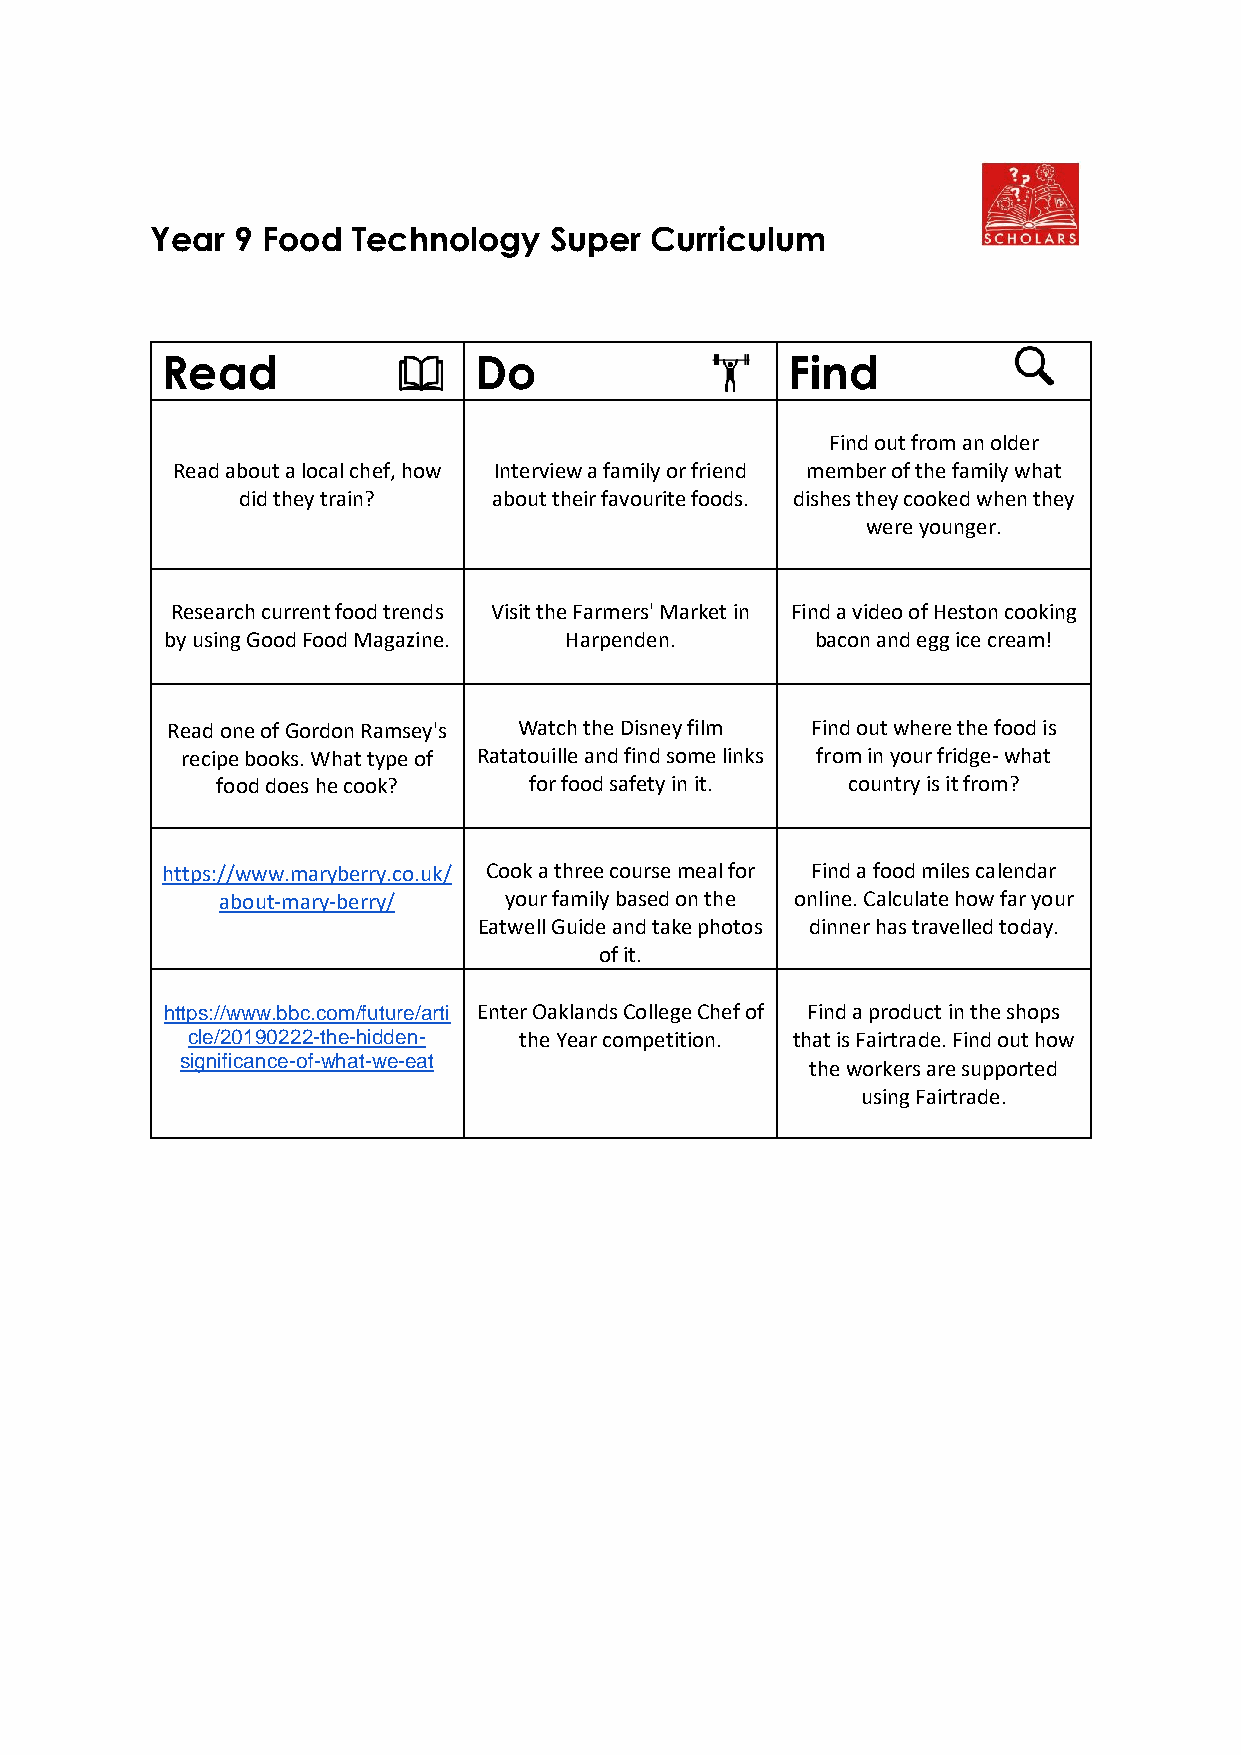
Year 9 Food  Technology   Super  Curriculum
 Read                Do                   Find
 Find out from an older
 Read about a local chef, how Interview a family or friend member of the family what
 did they train?  about their favourite foods. dishes they cooked when they
 were younger.
 Research current food trends Visit the Farmers' Market in Find a video of Heston cooking
 by using Good Food Magazine. Harpenden.    bacon and egg ice cream!
 Read one of Gordon Ramsey's Watch the Disney film Find out where the food is
 recipe books. What type of Ratatouille and find some links from in your fridge- what
 food does he cook?   for food safety in it. country is it from?
 https://www.maryberry.co.uk/ Cook a three course meal for Find a food miles calendar
 about-mary-berry/ your family based on the online. Calculate how far your
 Eatwell Guide and take photos dinner has travelled today.
 of it.
 https://www.bbc.com/future/arti Enter Oaklands College Chef of Find a product in the shops
 cle/20190222-the-hidden- the Year competition. that is Fairtrade. Find out how
 significance-of-what-we-eat
 the workers are supported
 using Fairtrade.